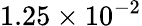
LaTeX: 1.25\times 10^{-2}